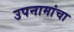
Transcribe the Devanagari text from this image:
उपनामांचा